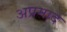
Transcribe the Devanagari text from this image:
अप्रमाद